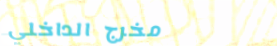
مخرج الداخلي